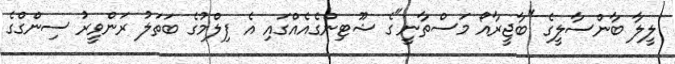
ލީލާ ބާންސާލީގެ "ބާޖީރާއޯ މަސްތާނީ"ގެ ޝޫޓިންގެއެއްގައި އެ ފިލްމުގެ ބަތަލު ރަންވީރު ސިންގްގެ